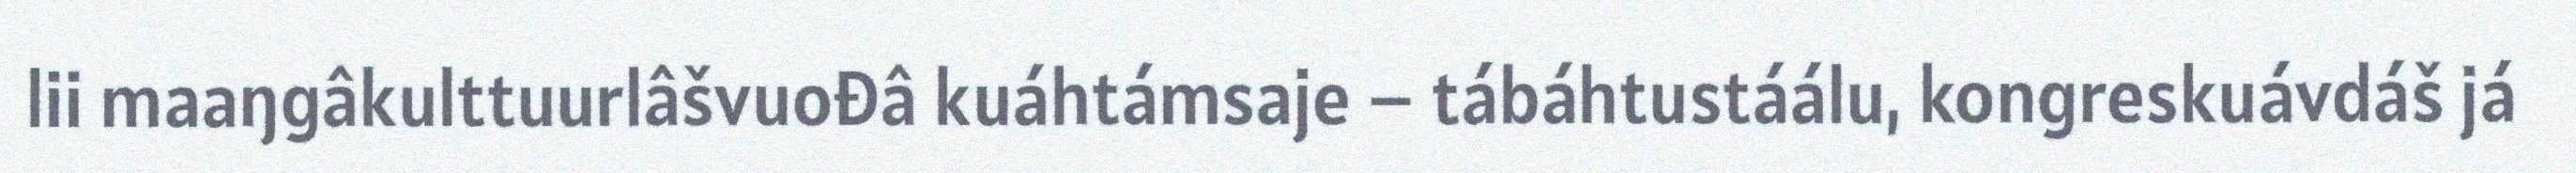
lii maaŋgâkulttuurlâšvuođâ kuáhtámsaje – tábáhtustáálu, kongreskuávdáš já